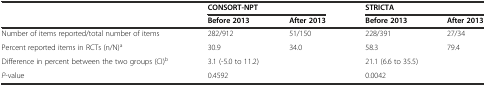
<table><thead><tr><td></td><td colspan="2"><b>CONSORT-NPT</b></td><td colspan="2"><b>STRICTA</b></td></tr><tr><td></td><td><b>Before 2013</b></td><td><b>After 2013</b></td><td><b>Before 2013</b></td><td><b>After 2013</b></td></tr></thead><tbody><tr><td>Number of items reported/total number of items</td><td>282/912</td><td>51/150</td><td>228/391</td><td>27/34</td></tr><tr><td>Percent reported items in RCTs (n/N)<sup>a</sup></td><td>30.9</td><td>34.0</td><td>58.3</td><td>79.4</td></tr><tr><td>Difference in percent between the two groups (CI)<sup>b</sup></td><td colspan="2">3.1 (-5.0 to 11.2)</td><td colspan="2">21.1 (6.6 to 35.5)</td></tr><tr><td><i>P</i>-value</td><td colspan="2">0.4592</td><td colspan="2">0.0042</td></tr></tbody></table>